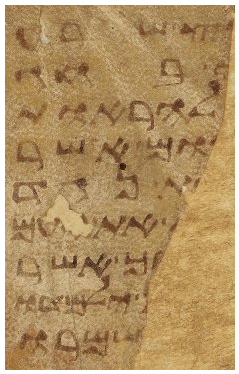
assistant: או שרוע
בחג
להראות
ואשר
אחד
את עם
לך אשר
ילמדו
ואמרו